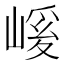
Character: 𭗄